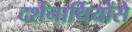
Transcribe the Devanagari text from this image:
दर्शनार्थियोंसे